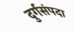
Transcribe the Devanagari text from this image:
दुर्गसंपदा